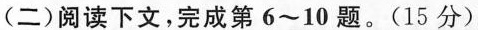
( 二 )阅读下文，完成第6~10题。(15分)